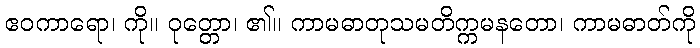
ဧဝကာရော၊ ကို။ ဝုတ္တော၊ ၏။ ကာမဓာတုသမတိက္ကမနတော၊ ကာမဓာတ်ကို